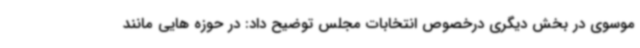
موسوی در بخش دیگری درخصوص انتخابات مجلس توضیح داد: در حوزه هایی مانند